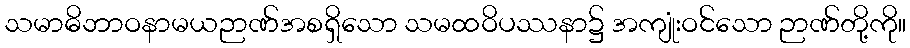
သမာဓိဘာဝနာမယဉာဏ်အစရှိသော သမထဝိပဿနာ၌ အကျုံးဝင်သော ဉာဏ်တို့ကို။